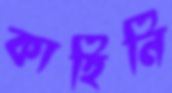
কাহিনি